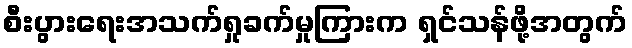
စီးပွားရေးအသက်ရှုခက်မှုကြားက ရှင်သန်ဖို့အတွက်